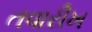
તવારીખ